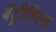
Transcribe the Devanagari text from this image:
बेंट्रीसिल्स